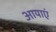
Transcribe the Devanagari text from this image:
आयाएं